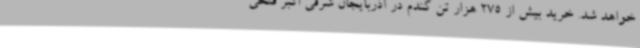
خواهد شد. خرید بیش از 275 هزار تن گندم در آذربایجان شرقی اکبر فتحی